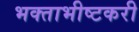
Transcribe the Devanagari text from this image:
भक्ताभीष्टकरी